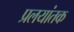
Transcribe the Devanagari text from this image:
प्रलयांतक